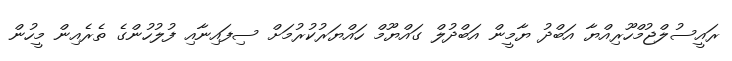
ރައީސުލްޖުމްހޫރިއްޔާ އަބްދު ޔާމީން އަބްދުލް ގައްޔޫމް ހައްޔަރުކުރުމަށް ސިފައިނާއި ފުލުހުންގެ ތެރެއިން މީހުން